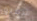
شقيق